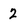
Character: 2